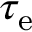
\tau _ { \mathrm { e } }